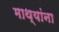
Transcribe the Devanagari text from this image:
माथ्यांना